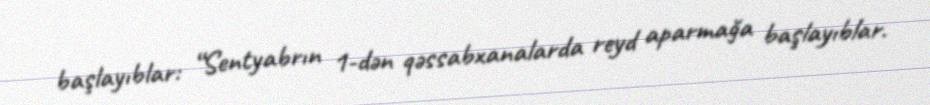
başlayıblar: “Sentyabrın 1-dən qəssabxanalarda reyd aparmağa başlayıblar.